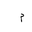
Letter: _mim